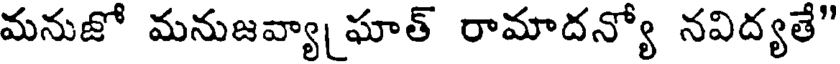
మనుజో మనుజవ్యా ఘాత్ రామాదన్యో నవిద్యతే"